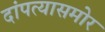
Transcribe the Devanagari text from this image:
दांपत्यासमोर